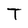
Character: T